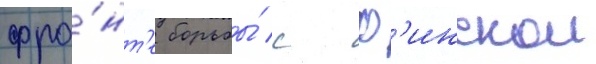
фро́нт'е борьбы́ с ф'инскои